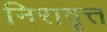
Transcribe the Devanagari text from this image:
निरावृत्त